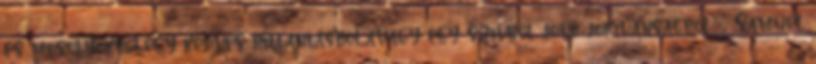
és mosolyokból,egy kedves pillantásból,avagy egy szívből jövő jókívánságból." Samuel